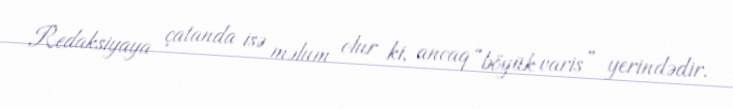
Redaksiyaya çatanda isə məlum olur ki, ancaq “böyük varis” yerindədir.